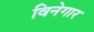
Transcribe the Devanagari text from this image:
विनेगार